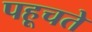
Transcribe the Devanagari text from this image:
पहूचते